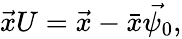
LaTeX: \begin{array}{r}{\vec{x}U=\vec{x}-\bar{x}\vec{\psi_{0}},}\end{array}